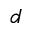
d